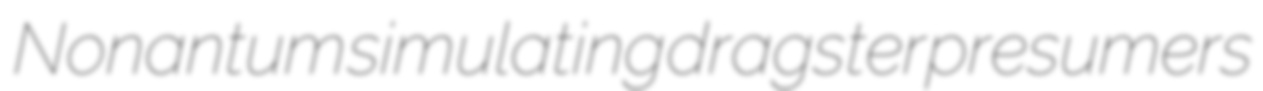
Nonantum simulating dragster presumers